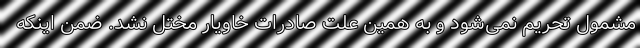
مشمول تحریم نمی‌شود و به همین علت صادرات خاویار مختل نشد. ضمن اینکه